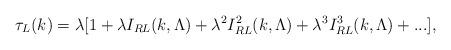
LaTeX: \begin{align*}\tau_L(k)= \lambda [1 + \lambda I_{RL}(k,\Lambda)+ \lambda^2 I_{RL}^2(k,\Lambda)+\lambda^3 I^3_{RL}(k,\Lambda) +... ], \end{align*}